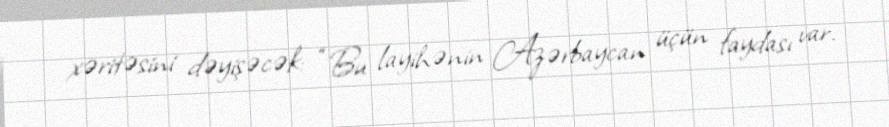
xəritəsini dəyişəcək: “Bu layihənin Azərbaycan üçün faydası var.